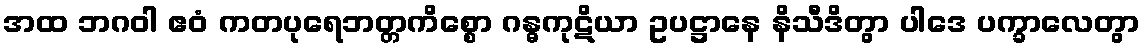
အထ ဘဂဝါ ဧဝံ ကတပုရေဘတ္တကိစ္စော ဂန္ဓကုဋိယာ ဥပဋ္ဌာနေ နိသီဒိတွာ ပါဒေ ပက္ခာလေတွာ